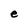
Character: e